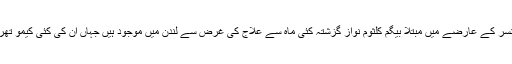
خیال رہے کہ کینسر کے عارضے میں مبتلا بیگم کلثوم نواز گزشتہ کئی ماہ سے علاج کی غرض سے لندن میں موجود ہیں جہاں ان کی کئی کیمو تھراپیز ہو چکی ہیں۔